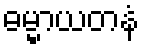
ဓမ္မာယတနံ